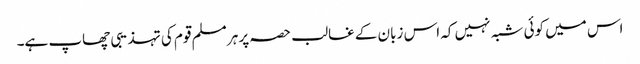
اس میں کوئی شبہ نہیں کہ اس زبان کے غالب حصہ پر ہر مسلم قوم کی تہذیبی چھاپ ہے۔